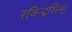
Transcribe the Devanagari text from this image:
रविन्द्रसिन्ह